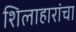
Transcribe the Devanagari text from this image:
शिलाहारांचा